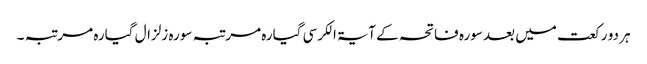
ہر دو رکعت میں بعد سورہ فاتحہ کے آیۃ الکرسی گیارہ مرتبہ سورہ زلزال گیارہ مرتبہ ۔